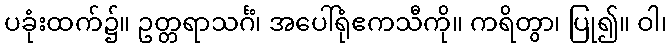
ပခုံးထက်၌။ ဥတ္တရာသင်္ဂံ၊ အပေါ်ရုံဧကသီကို။ ကရိတွာ၊ ပြု၍။ ဝါ၊